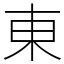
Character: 東